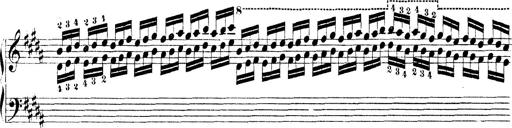
Title: Technische Studien
Composer: Franz Liszt